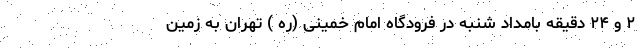
۲ و ۲۴ دقیقه بامداد شنبه در فرودگاه امام خمینی (ره ) تهران به زمین